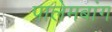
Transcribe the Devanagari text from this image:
पालेमबांग